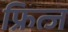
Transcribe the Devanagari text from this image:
फ्रित्ज